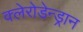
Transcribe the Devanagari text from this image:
क्लेरोडेन्ड्रान